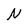
Character: N